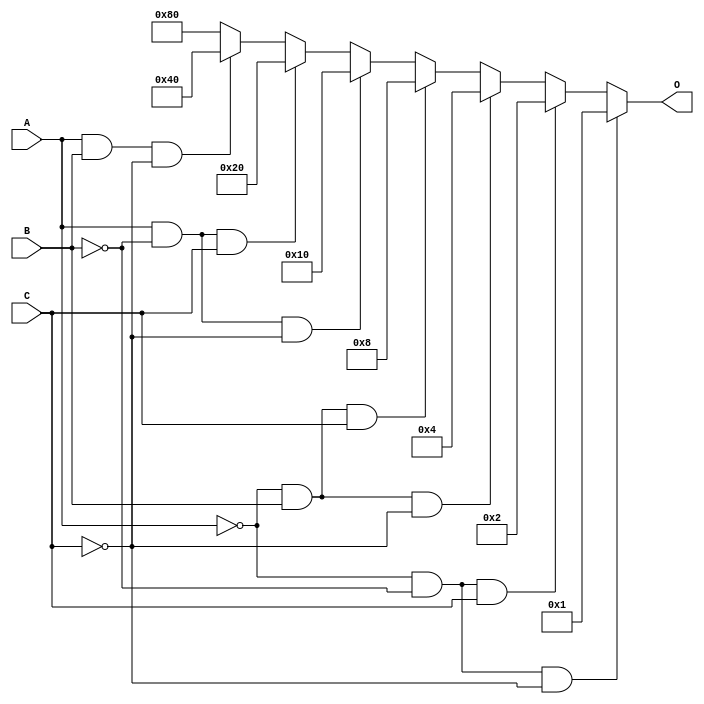
module decoder(A, B, C, O);
  input A, B, C;
  output [7:0] O;

  reg [7:0] O;

  always @(A, B, C)
  begin
    if ((A == 0) && (B == 0) && (C == 0)) O = 8'b00000001;
    else if ((A == 0) && (B == 0) && (C == 1)) O = 8'b00000010;
    else if ((A == 0) && (B == 1) && (C == 0)) O = 8'b00000100;
    else if ((A == 0) && (B == 1) && (C == 1)) O = 8'b00001000;
    else if ((A == 1) && (B == 0) && (C == 0)) O = 8'b00010000;
    else if ((A == 1) && (B == 0) && (C == 1)) O = 8'b00100000;
    else if ((A == 1) && (B == 1) && (C == 0)) O = 8'b01000000;
    else O = 8'b10000000;
  end
endmodule